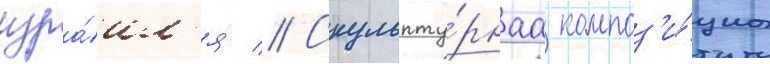
изра́ил'я // Скульпту́рнаа композ'и́циа